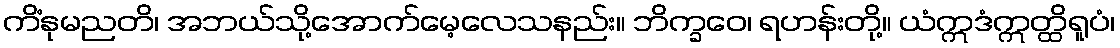
ကိံနုမညတိ၊ အဘယ်သို့အောက်မေ့လေသနည်း။ ဘိက္ခဝေ၊ ရဟန်းတို့။ ယံဣဒံဣတ္ထိရူပံ၊